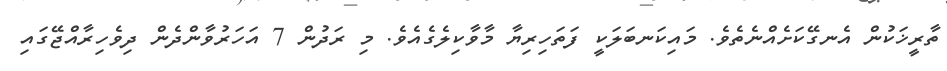
ތާރީޚަކުން އެނގޭކަށެއްނެތެވެ. މައިކަނބަލަކީ ފަތަހިރިޔާ މާވާކިލެގެއެވެ. މި ރަދުން 7 އަހަރުވާންދެން ދިވެހިރާއްޖޭގައި